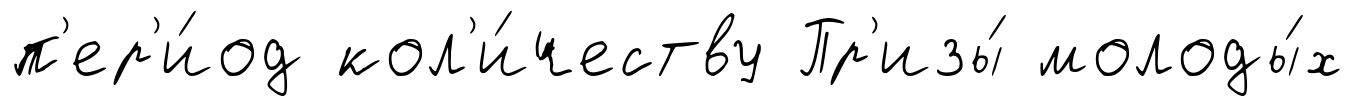
п'ер'и́од кол'и́честву Пр'изы́ молоды́х